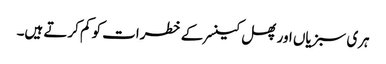
ہری سبزیاں اور پھل کینسر کے خطرات کو کم کرتے ہیں۔